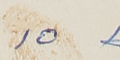
١٥